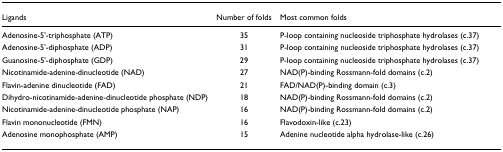
<table><thead><tr><td><b>Ligands</b></td><td><b>Number of folds</b></td><td><b>Most common folds</b></td></tr></thead><tbody><tr><td>Adenosine-5&#x27;-triphosphate (ATP)</td><td>35</td><td>P-loop containing nucleoside triphosphate hydrolases (c.37)</td></tr><tr><td>Adenosine-5&#x27;-diphosphate (ADP)</td><td>31</td><td>P-loop containing nucleoside triphosphate hydrolases (c.37)</td></tr><tr><td>Guanosine-5&#x27;-diphosphate (GDP)</td><td>29</td><td>P-loop containing nucleoside triphosphate hydrolases (c.37)</td></tr><tr><td>Nicotinamide-adenine-dinucleotide (NAD)</td><td>27</td><td>NAD(P)-binding Rossmann-fold domains (c.2)</td></tr><tr><td>Flavin-adenine dinucleotide (FAD)</td><td>21</td><td>FAD/NAD(P)-binding domain (c.3)</td></tr><tr><td>Dihydro-nicotinamide-adenine-dinucleotide phosphate (NDP)</td><td>18</td><td>NAD(P)-binding Rossmann-fold domains (c.2)</td></tr><tr><td>Nicotinamide-adenine-dinucleotide phosphate (NAP)</td><td>16</td><td>NAD(P)-binding Rossmann-fold domains (c.2)</td></tr><tr><td>Flavin mononucleotide (FMN)</td><td>16</td><td>Flavodoxin-like (c.23)</td></tr><tr><td>Adenosine monophosphate (AMP)</td><td>15</td><td>Adenine nucleotide alpha hydrolase-like (c.26)</td></tr></tbody></table>